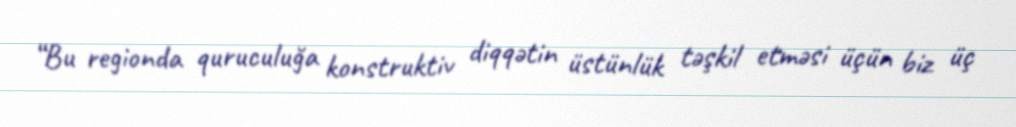
“Bu regionda quruculuğa konstruktiv diqqətin üstünlük təşkil etməsi üçün biz üç